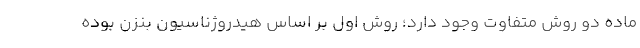
ماده دو روش متفاوت وجود دارد؛ روش اول بر اساس هیدروژناسیون بنزن بوده